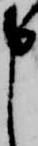
申